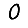
Digit: 0